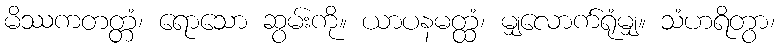
မိဿကတတ္တံ၊ ရောသော ဆွမ်းကို။ ယာပနမတ္ထံ၊ မျှလောက်ရုံမျှ။ သံဟရိတွာ၊